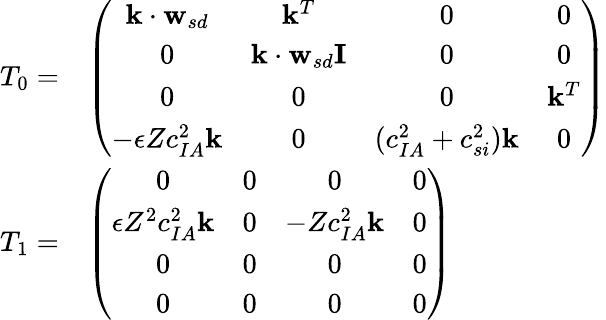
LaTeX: \begin{array}{rl}{T_{0}=}&{\left(\begin{array}{cccc}{\mathbf{k}\cdot\mathbf{w}_{sd}}&{\mathbf{k}^{T}}&{0}&{0}\\ {0}&{\mathbf{k}\cdot\mathbf{w}_{sd}\mathbf{I}}&{0}&{0}\\ {0}&{0}&{0}&{\mathbf{k}^{T}}\\ {-\epsilon Zc_{IA}^{2}\mathbf{k}}&{0}&{(c_{IA}^{2}+c_{si}^{2})\mathbf{k}}&{0}\end{array}\right)}\\ {T_{1}=}&{\left(\begin{array}{cccc}{0}&{0}&{0}&{0}\\ {\epsilon Z^{2}c_{IA}^{2}\mathbf{k}}&{0}&{-Zc_{IA}^{2}\mathbf{k}}&{0}\\ {0}&{0}&{0}&{0}\\ {0}&{0}&{0}&{0}\end{array}\right)}\end{array}